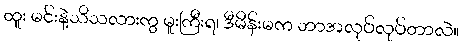
ထူး မင်းနဲ့သိသလားကွ မူးကြီးရ၊ ဒီမိန်းမက ဘာအလုပ်လုပ်တာလဲ။